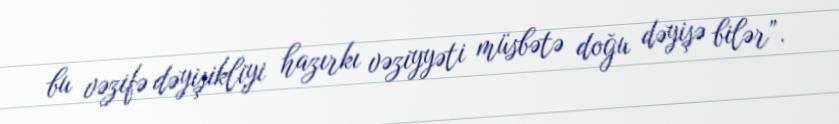
bu vəzifə dəyişikliyi hazırkı vəziyyəti müsbətə doğu dəyişə bilər”.